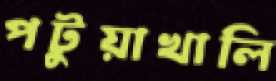
পটুয়াখালি